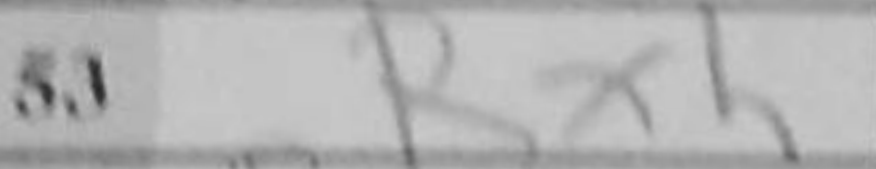
Transcription: Rxh